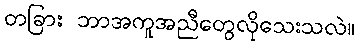
တခြား ဘာအကူအညီတွေလိုသေးသလဲ။